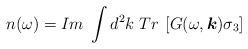
LaTeX: \begin{align*}n(\omega ) = Im \; \int d^{2} k \; Tr \: \left[ G(\omega, \mbox{\boldmath $k$}) \sigma_{3} \right] \end{align*}